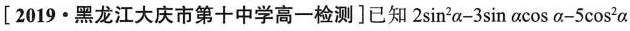
\left [2019\cdot 黑龙江大庆市第十中学高一检测\right]已知$$2 \sin ^ { 2 } α - 3 \sin α \cos α - 5 cos ^ { 2 } α